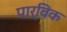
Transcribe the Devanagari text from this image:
पार्विक